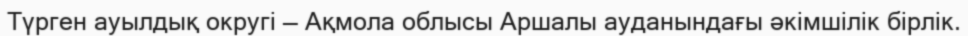
Түрген ауылдық округі — Ақмола облысы Аршалы ауданындағы әкімшілік бірлік.